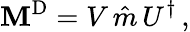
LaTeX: \mathbf{M}^{\mathrm{{D}}}=V\, \hat{{m}}\, U^{\dagger}\, ,